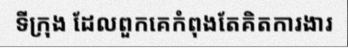
ទីក្រុង ដែលពួកគេកំពុងតែគិតការងារ